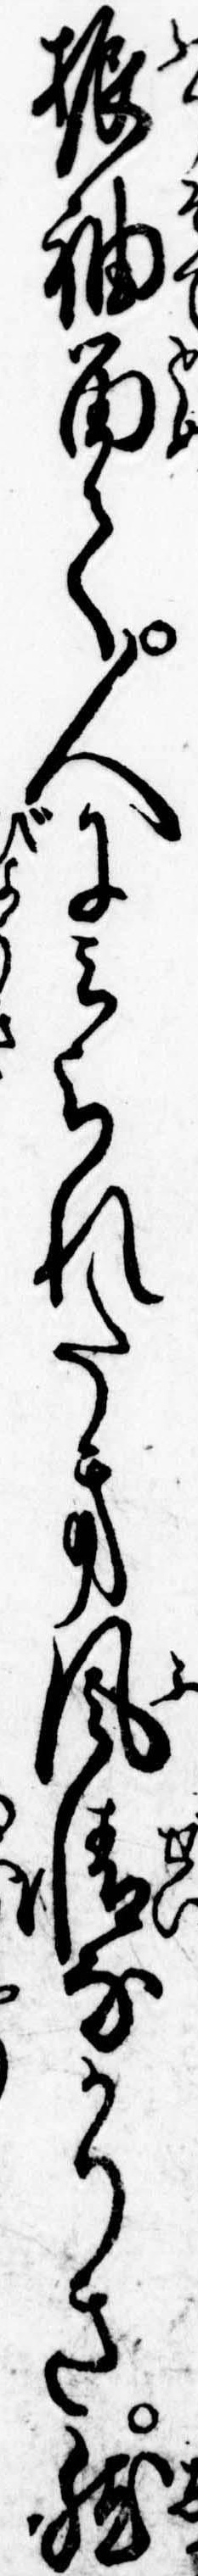
振袖留て人にみられたき風情なかりき然